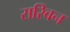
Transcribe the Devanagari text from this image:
सरिवन